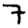
Digit: 7